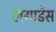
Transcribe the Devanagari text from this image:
लगार्डेस